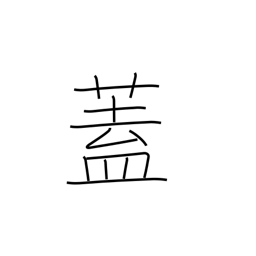
Meaning: flap